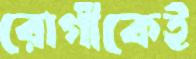
রোগীকেই